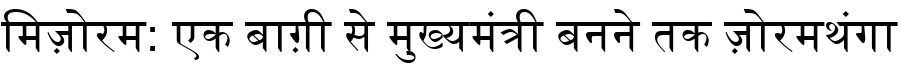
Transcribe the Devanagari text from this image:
मिज़ोरम: एक बाग़ी से मुख्यमंत्री बनने तक ज़ोरमथंगा